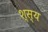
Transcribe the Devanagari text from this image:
श्स्य